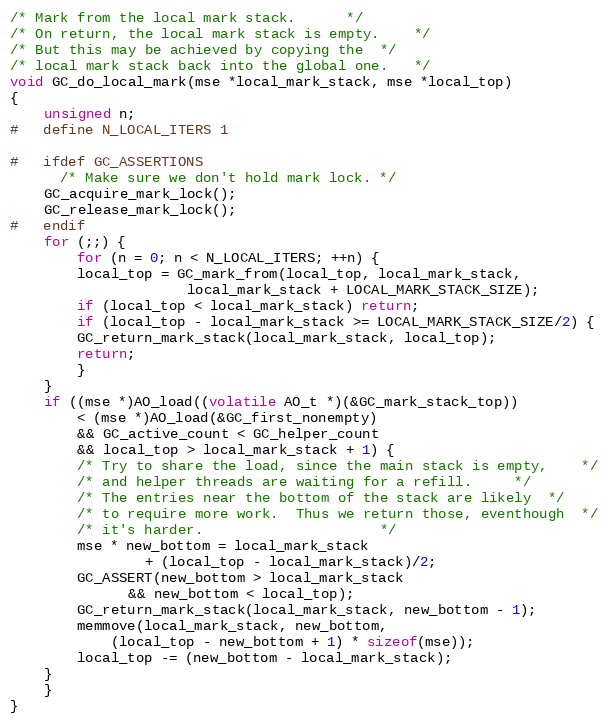
Language: C
/* Mark from the local mark stack.		*/
/* On return, the local mark stack is empty.	*/
/* But this may be achieved by copying the	*/
/* local mark stack back into the global one.	*/
void GC_do_local_mark(mse *local_mark_stack, mse *local_top)
{
    unsigned n;
#   define N_LOCAL_ITERS 1

#   ifdef GC_ASSERTIONS
      /* Make sure we don't hold mark lock. */
	GC_acquire_mark_lock();
	GC_release_mark_lock();
#   endif
    for (;;) {
        for (n = 0; n < N_LOCAL_ITERS; ++n) {
	    local_top = GC_mark_from(local_top, local_mark_stack,
				     local_mark_stack + LOCAL_MARK_STACK_SIZE);
	    if (local_top < local_mark_stack) return;
	    if (local_top - local_mark_stack >= LOCAL_MARK_STACK_SIZE/2) {
		GC_return_mark_stack(local_mark_stack, local_top);
		return;
	    }
	}
	if ((mse *)AO_load((volatile AO_t *)(&GC_mark_stack_top))
	    < (mse *)AO_load(&GC_first_nonempty)
	    && GC_active_count < GC_helper_count
	    && local_top > local_mark_stack + 1) {
	    /* Try to share the load, since the main stack is empty,	*/
	    /* and helper threads are waiting for a refill.		*/
	    /* The entries near the bottom of the stack are likely	*/
	    /* to require more work.  Thus we return those, eventhough	*/
	    /* it's harder.						*/
	    mse * new_bottom = local_mark_stack
				+ (local_top - local_mark_stack)/2;
	    GC_ASSERT(new_bottom > local_mark_stack
		      && new_bottom < local_top);
	    GC_return_mark_stack(local_mark_stack, new_bottom - 1);
	    memmove(local_mark_stack, new_bottom,
		    (local_top - new_bottom + 1) * sizeof(mse));
	    local_top -= (new_bottom - local_mark_stack);
	}
    }
}